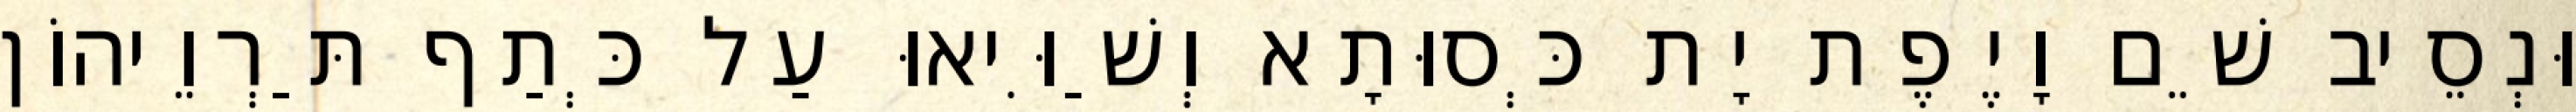
וּנְסֵיב שֵׁם וָיֶפֶת יָת כְּסוּתָא וְשַׁוִּיאוּ עַל כְּתַף תַּרְוֵיהוֹן